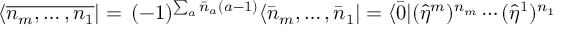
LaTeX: \langle \overline { { { n _ { m } , \ldots , n _ { 1 } } } } | = \, ( - 1 ) ^ { \sum _ { a } \bar { n } _ { a } ( a - 1 ) } \langle \bar { n } _ { m } , \ldots , \bar { n } _ { 1 } | = \langle \bar { 0 } | ( \hat { \eta } ^ { m } ) ^ { n _ { m } } \cdots ( \hat { \eta } ^ { 1 } ) ^ { n _ { 1 } }